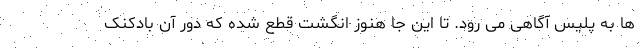
ها به پلیس آگاهی می رود. تا این جا هنوز انگشت قطع شده که دور آن بادکنک